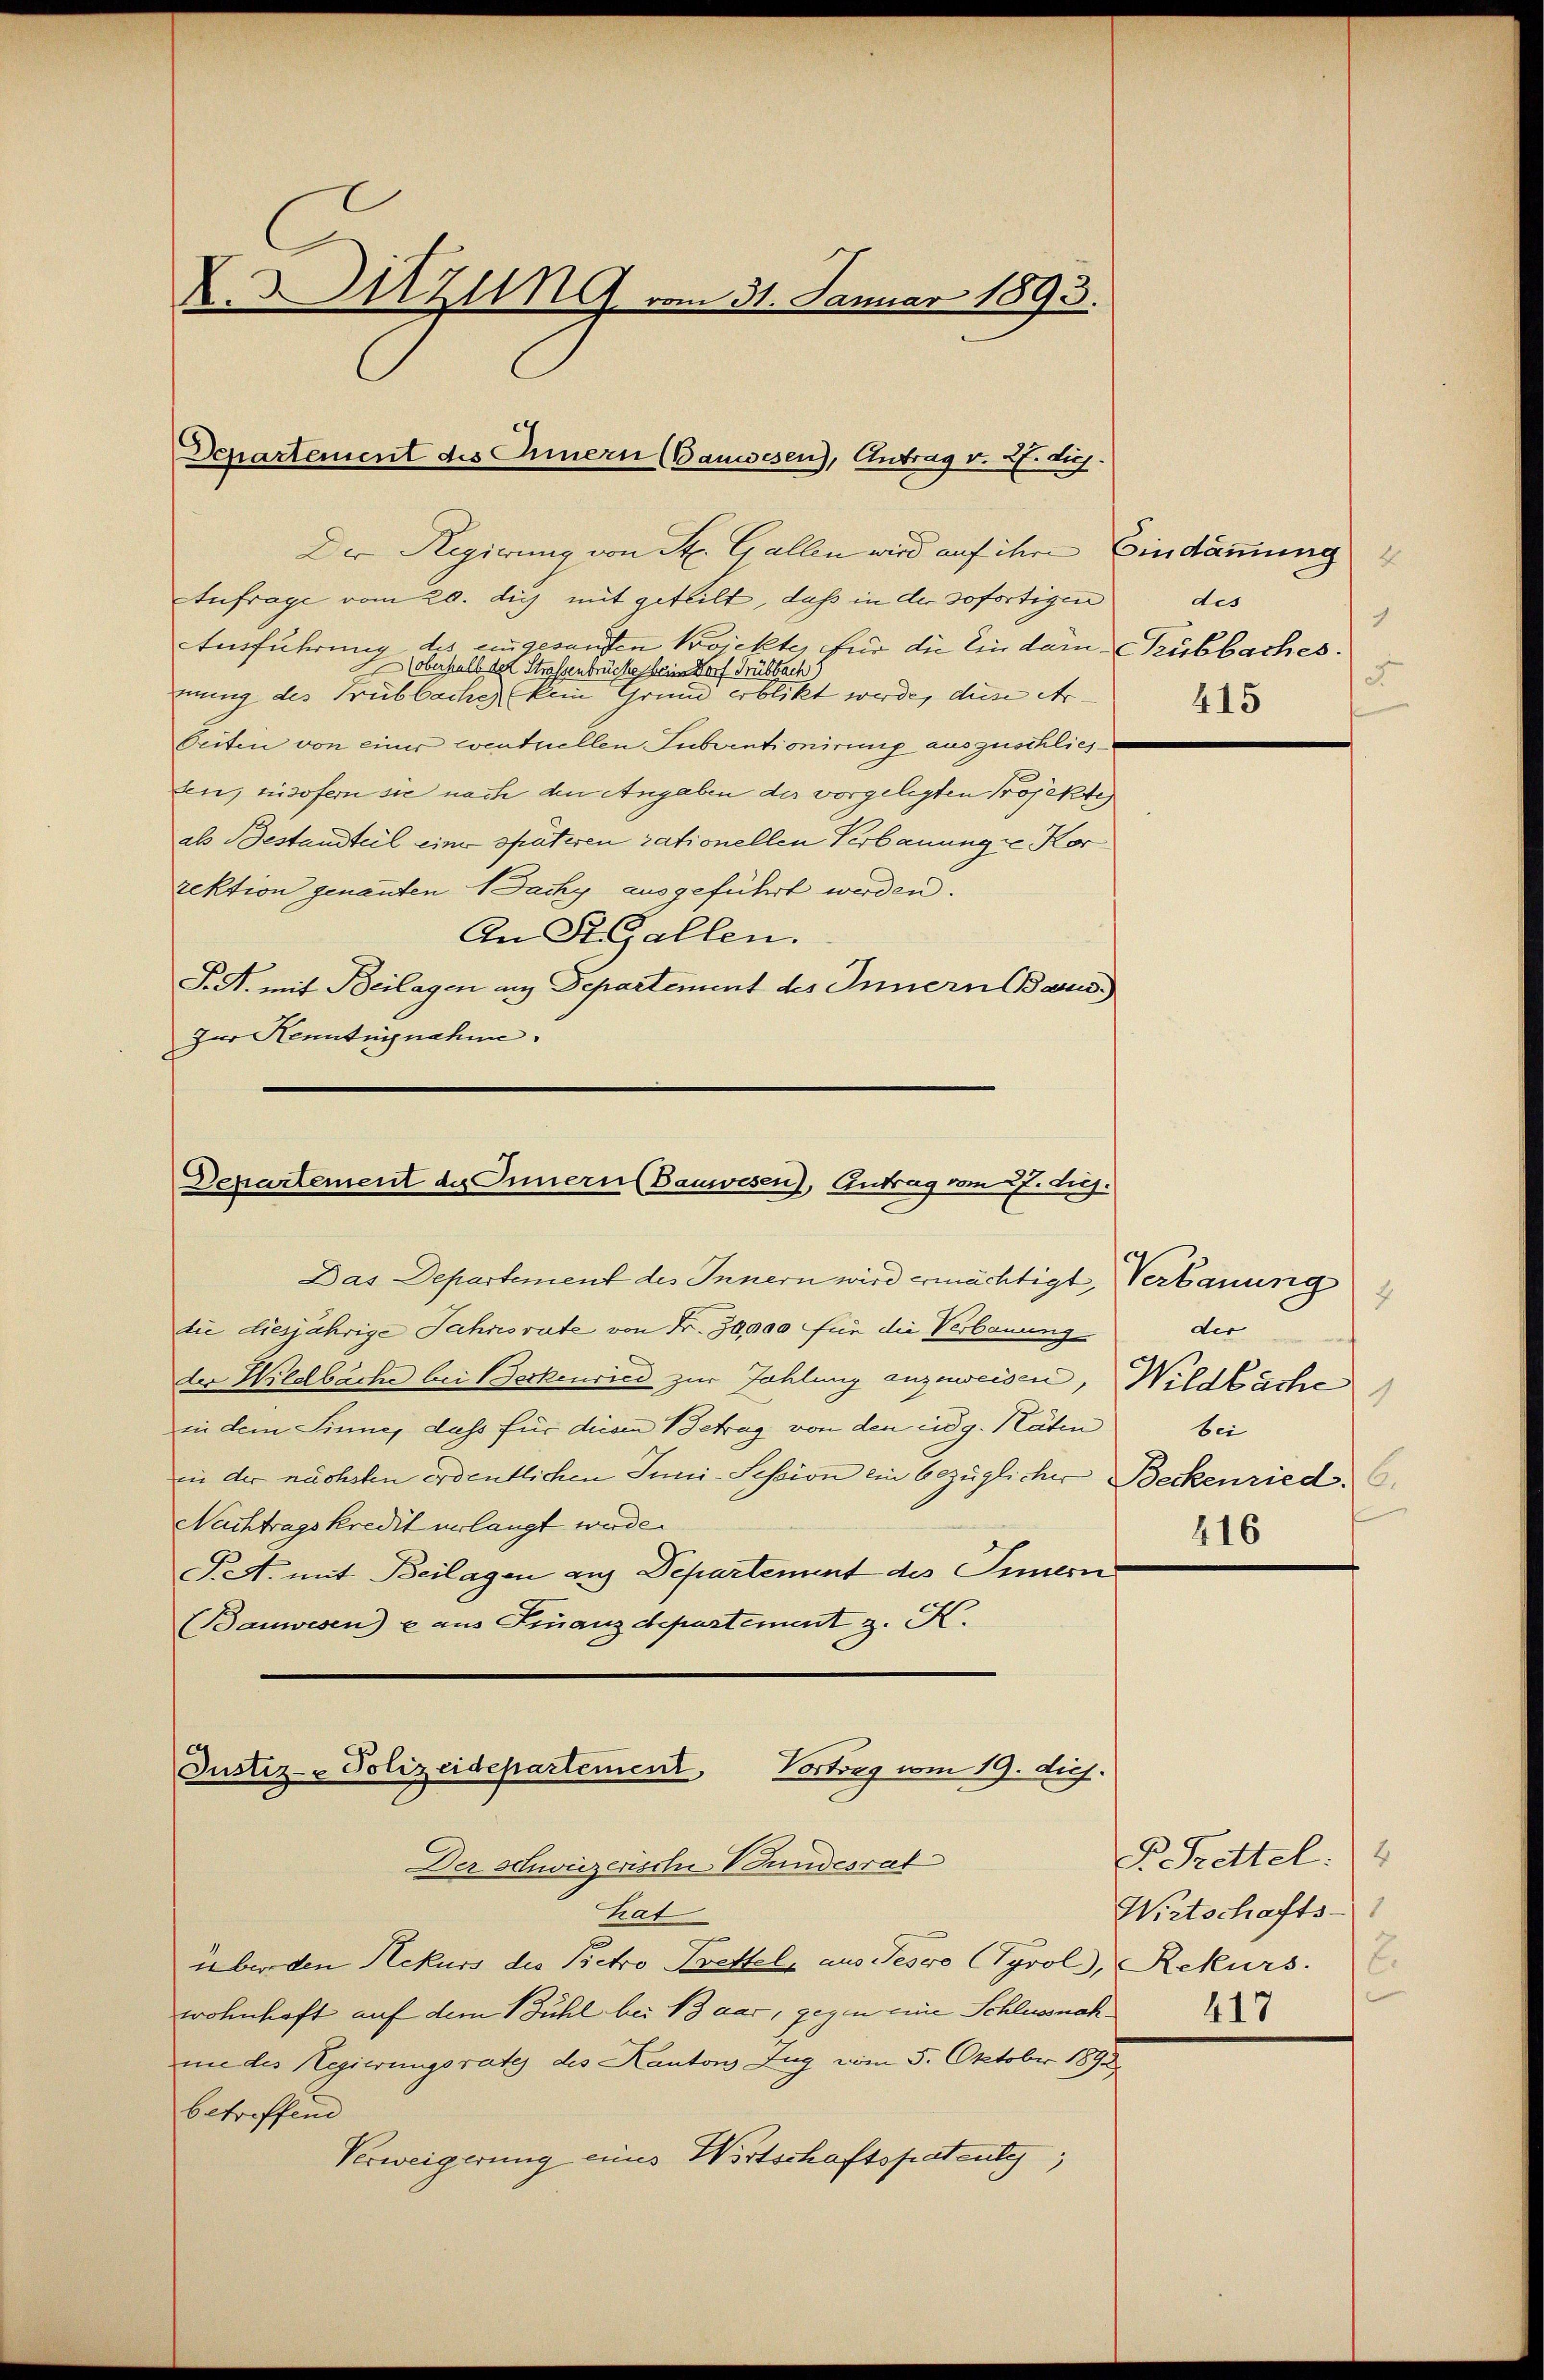
X.MZug vom 31. Januar 1893.

Departement des Innern (Bauwesen), Antrag v. 2. die

Der Regierung von St. Gallen wird auf ihre Eindämmung
Aufrage vom 20. dich mit geteilt, daß in der sofortigen
Ausführung des eingesandten Projekter für die Ein dem Kubbaches.
Aoberhalb der Straßenbrücke beim Dorf Trübbach)
mung des Freibbache kein Grund erblickt werde, diese er-
Oeiten von einer eventuellen Subventionirung auszuschliesten, insofern sie nach den Angaben der vorgelegten Projekte
als Bestandteil einer späteren rationellen Verbauunge Kor
rektion genannten Nacky ausgeführt werden.
An St. Gallen.
P. R. mit Beilagen aus Departement des Innern Basus
Zur Kenntnisnahm.

Departement des Innern (Bauwesen), Antrag vom 27. huj.

Das Departement des Innern wird ermächtigt, Verbauung
die diesjährige Jahresrate von Fr. 30,000 für die Verbauung
der Wildbache bei Beckenried zur Zahlung anzuweisen, Wildbache
in dem Sinne, dass für diesen Betrag von den eidg. Räten bei
in der nächsten ordentlichen Juni-Session ein bezüglicher Beckenried. 6.
Nachtragskredit verlangt werde.
Pet. mit Beilagen aus Departement des Innern
(Bauwesen) e aus Finanzdepartement z. K.

Justiz- Polizeidepartement, Vortrag vom 19. die

des
ch
5
415

Der Schweizerische Bundesrat
hat
über den Rekurs die Pietro Brettel, aus Tesco Tyrol, Rekurs.
wohnhaft auf dem Bühl bei 13 dar, gegen eine Schlussnahne des Regierungsrate des Kantons Zug vom 5. Oktober 1890
betreffend
Verweigerung eines Wortschaftspatente,

2
der
416

P. Frettel:
Wirtschafts-
417